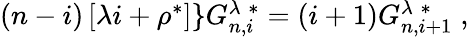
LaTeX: \begin{array}{r}{(n-i)\left[\lambda i+\rho^{*}\right]\rbrace G_{n,i}^{\lambda\; *}=(i+1)G_{n,i+1}^{\lambda\; *}\; ,}\end{array}